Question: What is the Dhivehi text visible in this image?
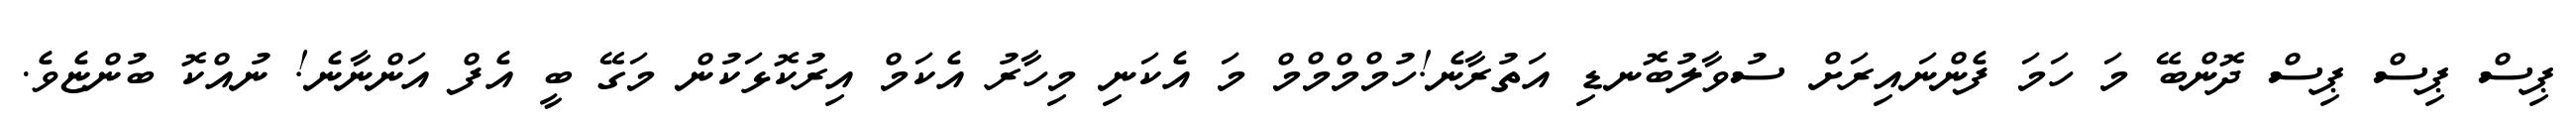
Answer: ޕިސް ޕިސް ޕިސް ދޮންބޭ މަ ހަމަ ފެންނައިރަށް ސުވާލުބޮނޑި އަތުރާނެ!ހުމްމްމްމް މަ އެކަނި މިހާރު އެކަމް އިރުކޮޅަކުން މަގޭ ބީ އެފް އަންނާނެ! ނުއްކޮ ބުންޏެވެ.